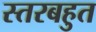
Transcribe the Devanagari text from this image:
स्तरबहुत